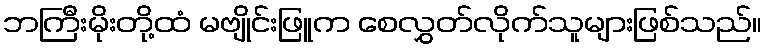
ဘကြီးမိုးတို့ထံ မဗျိုင်းဖြူက စေလွှတ်လိုက်သူများဖြစ်သည်။